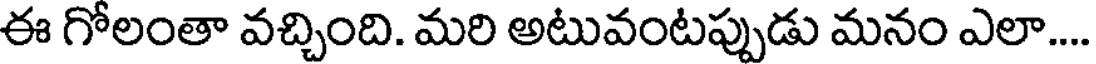
ఈ గోలంతా వచ్చింది. మరి అటువంటప్పుడు మనం ఎలా...